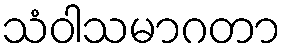
သံဝါသမာဂတာ